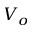
V _ { o }